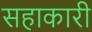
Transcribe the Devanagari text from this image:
सहाकारी